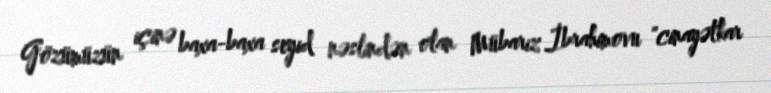
Gözümüzün içinə baxa-baxa seyid nəslindən olan Mübariz İbrahimovu "cinayətkar